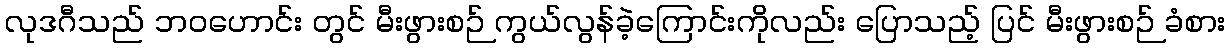
လုဒဂီသည် ဘဝဟောင်း တွင် မီးဖွားစဉ် ကွယ်လွန်ခဲ့ကြောင်းကိုလည်း ပြောသည့် ပြင် မီးဖွားစဉ် ခံစား